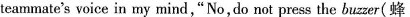
teammate'svoice in my mind,"No,do not press the buzzer(蜂